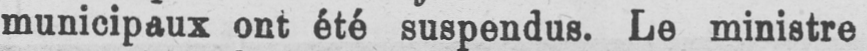
municipaux ont été suspendus. Le ministre